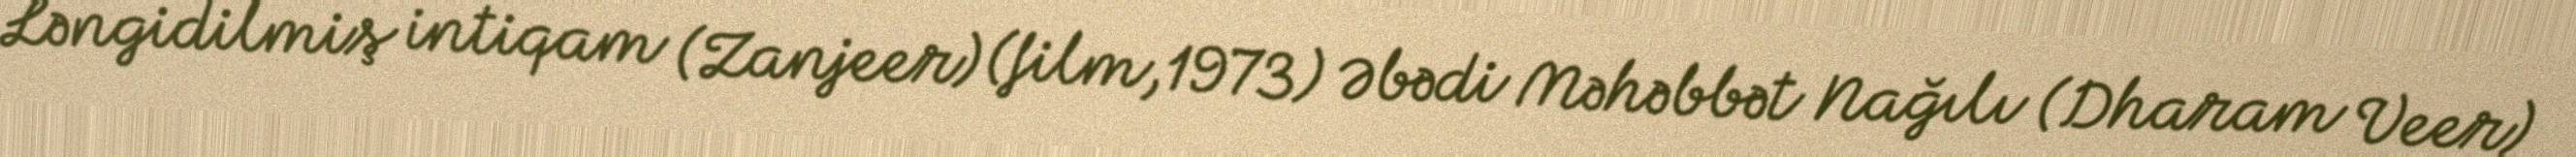
Ləngidilmiş intiqam (Zanjeer) (film,1973) Əbədi Məhəbbət Nağılı (Dharam Veer)